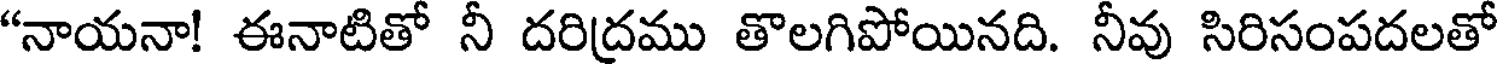
"నాయనా! ఈనాటితో నీ దరిద్రము తొలగిపోయినది. నీవు సిరిసంపదలతో